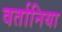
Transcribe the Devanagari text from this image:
वर्तानिया